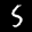
Label: 5